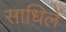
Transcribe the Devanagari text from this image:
साधिलें